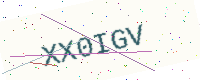
Text: XX0IGV